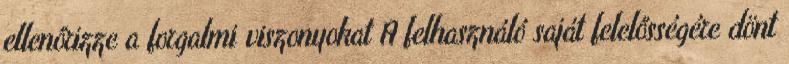
ellenőrizze a forgalmi viszonyokat A felhasználó saját felelősségére dönt